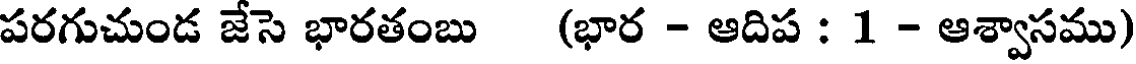
పరగుచుండ జేసె భారతంబు (భార - ఆదిప : 1 - ఆశ్వాసము)